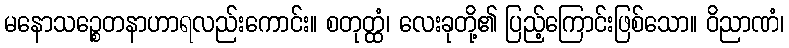
မနောသဉ္စေတနာဟာရလည်းကောင်း။ စတုတ္ထံ၊ လေးခုတို့၏ ပြည့်ကြောင်းဖြစ်သော။ ဝိညာဏံ၊